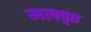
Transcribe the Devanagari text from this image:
मलपृष्ठ